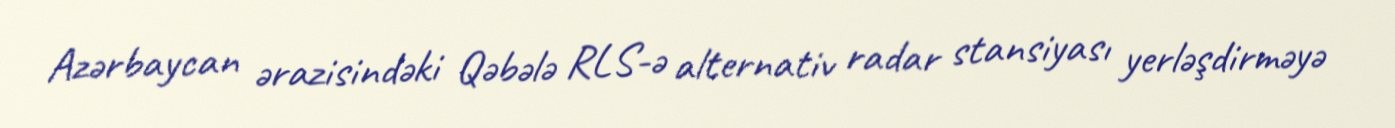
Azərbaycan ərazisindəki Qəbələ RLS-ə alternativ radar stansiyası yerləşdirməyə